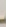
.